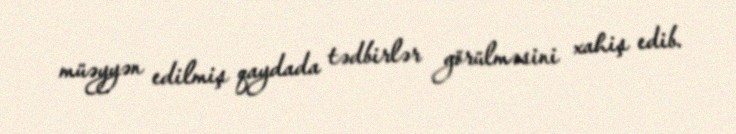
müəyyən edilmiş qaydada tədbirlər görülməsini xahiş edib.